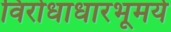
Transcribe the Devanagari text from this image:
विरोधाधारभूमये